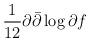
LaTeX: \begin{align*}\frac{1}{12} \partial \bar{\partial} \log \partial f\end{align*}